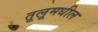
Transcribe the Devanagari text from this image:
तूलूमधील